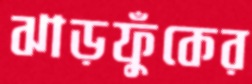
ঝাড়ফুঁকের